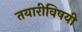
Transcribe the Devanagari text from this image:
तयारीविषयी